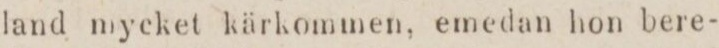
land mycket kärkommen, emedan hon bere-